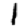
Digit: 1